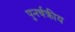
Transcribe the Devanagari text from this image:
पुनर्चक्रीय